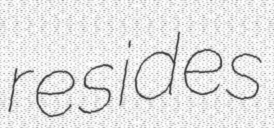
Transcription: resides